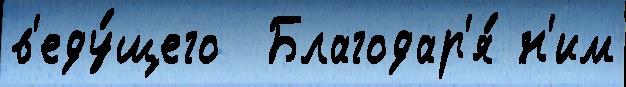
в'еду́щего  Благодар'я́ н'им